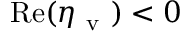
\mathrm { R e } ( \eta _ { \mathrm { ~ v ~ } } ) < 0